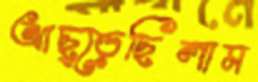
আছ্‌ড়েছিলাম